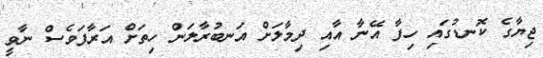
ޖިޔާގެ ކޮނޑުގައި ހިފާ އޭނާ އާއި ދިމާލަށް އަނބުރާލަން ހިތަށް އަރާފަވެސް ނާވީ